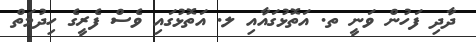
ދާދި ފަހުން ވަނީ ތ. އަތޮޅުގައާއި ލ. އަތޮޅުގައި ވެސް ފެރީގެ ހިދުމަތް